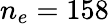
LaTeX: n_{e}=158